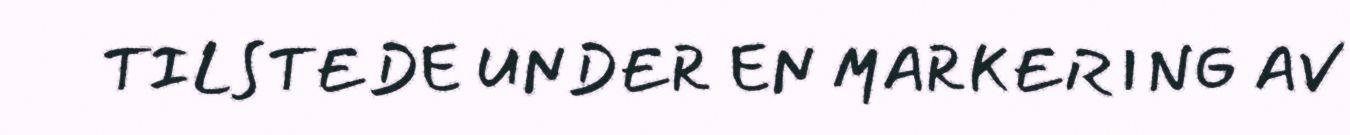
TILSTEDE UNDER EN MARKERING AV